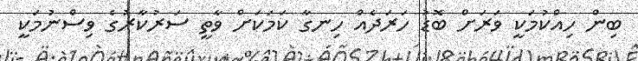
ބިން ހިއްކުމަކީ ވަރަށް ބޮޑު ހަރަދެއް ހިނގާ ކަމަކަށް ވާތީ ސަރުކާރުގެ ވިސްނުމަކީ